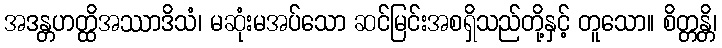
အဒန္တဟတ္ထိအဿာဒိသံ၊ မဆုံးမအပ်သော ဆင်မြင်းအစရှိသည်တို့နှင့် တူသော။ စိတ္တန္တိ၊